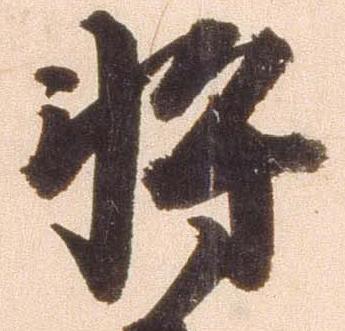
将